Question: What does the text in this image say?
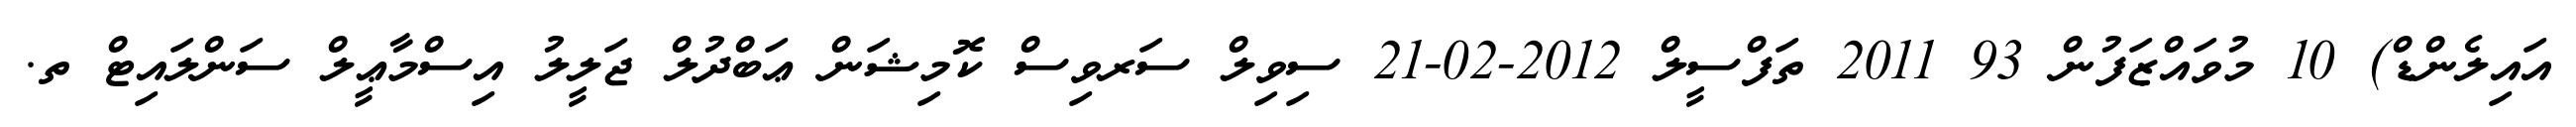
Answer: އައިލެންޑް) 10 މުވައްޒަފުން 93 2011 ތަފްސީލް 2012-02-21 ސިވިލް ސަރވިސް ކޮމިޝަން ޢަބްދުލް ޖަލީލު އިސްމާޢީލް ސަންލައިޓް ތ.